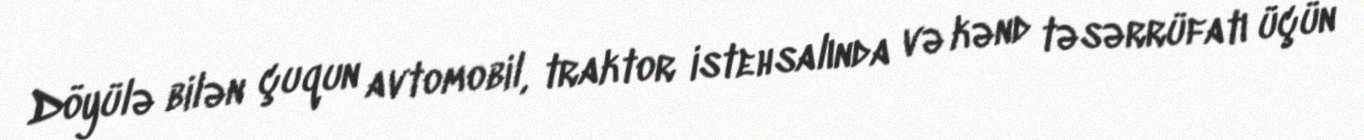
Döyülə bilən çuqun avtomobil, traktor istehsalında və kənd təsərrüfatı üçün